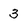
Character: 3